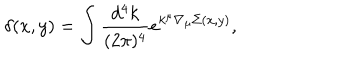
\delta ( x , y ) = \int \frac { d ^ { 4 } k } { ( 2 \pi ) ^ { 4 } } e ^ { k ^ { \mu } { \nabla } _ { \mu } { \Sigma } ( x , y ) } ,